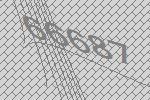
66687